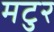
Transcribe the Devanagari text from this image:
मटुर